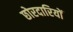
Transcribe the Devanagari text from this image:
छोरदारियों